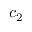
c _ { 2 }